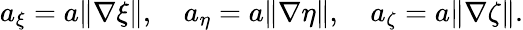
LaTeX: a_{\xi}=a\| \nabla\xi\| ,\quad a_{\eta}=a\| \nabla\eta\| ,\quad a_{\zeta}=a\| \nabla\zeta\| .